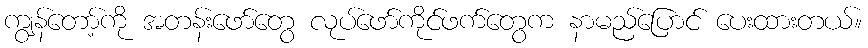
ကျွန်တော့်ကို အတန်းဖော်တွေ လုပ်ဖော်ကိုင်ဖက်တွေက နာမည်ပြောင် ပေးထားတယ်။